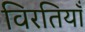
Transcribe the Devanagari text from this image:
विरतियाँ